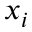
x _ { i }